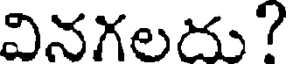
వినగలదు?